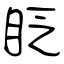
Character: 眨